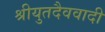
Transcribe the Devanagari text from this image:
श्रीयुतदैववादी